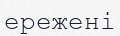
ережені